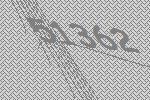
51362